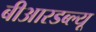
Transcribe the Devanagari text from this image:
बीआरडब्ल्यू